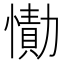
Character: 𰒔